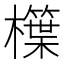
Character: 𣞫